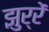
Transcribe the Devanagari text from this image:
झुर्रें